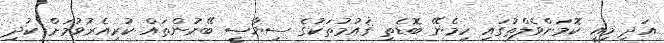
އަދި މިއީ ކޮމަންވެލްތުގައި ހިމެނޭ ބޮޑެތި ޤައުމުތަކުގެ ސިޔާސީ ބޭނުންތައް ކުރިއެރުވުމަށް ކުދި